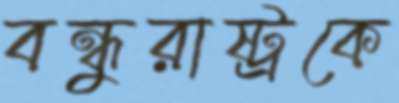
বন্ধুরাষ্ট্রকে